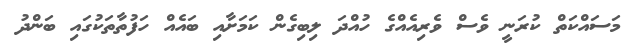
މަސައްކަތް ކުރަނީ ވެސް ވެރިއެއްގެ ހުއްދަ ލިބިގެން ކަމަށާއި ބައެއް ހަފުތާތަކުގައި ބަންދު